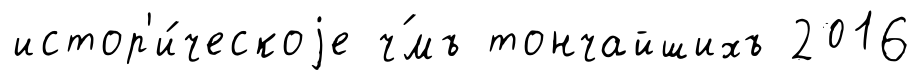
истор'и́ческоjе ч́мъ тончайшихъ 2016